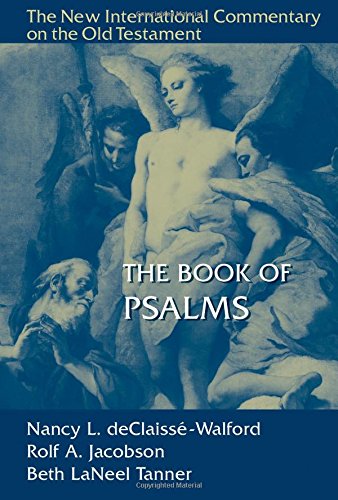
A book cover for The Book of Psalms (New International Commentary on the Old Testament (NICOT)); Nancy deClaisse-Walford; Christian Books & Bibles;